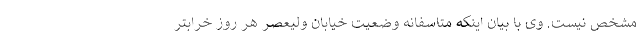
مشخص نیست. وی با بیان اینکه متاسفانه وضعیت خیابان ولیعصر هر روز خرابتر